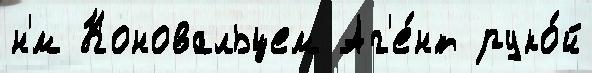
н'́м Коновальцем Аг'е́нт руко́й